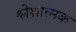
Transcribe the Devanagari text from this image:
श्लेशात्मक